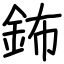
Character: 鈽